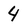
Character: 4